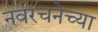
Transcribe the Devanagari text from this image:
नवरचनेच्या